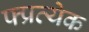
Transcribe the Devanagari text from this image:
फ्प्रत्येक